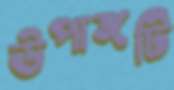
উপাঙ্গটি